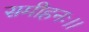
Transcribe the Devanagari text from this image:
समीहनः।।